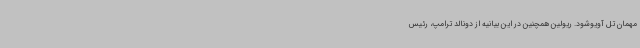
مهمان تل آویوشود. ریولین همچنین در این بیانیه از دونالد ترامپ، رئیس